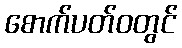
စောက်ပတ်ဝတွင်